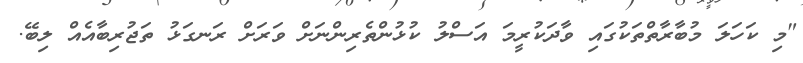
"މި ކަހަލަ މުބާރާތްތަކުގައި ވާދަކުރީމަ އަސްލު ކުޅުންތެރިންނަށް ވަރަށް ރަނގަޅު ތަޖުރިބާއެއް ލިބޭ.